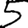
Digit: 5